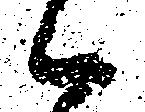
候